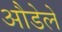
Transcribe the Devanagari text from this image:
औडेले